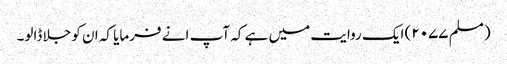
(مسلم ۲۰۷۷) ایک روایت میں ہے کہ آپ انے فرمایا کہ ان کو جلا ڈالو۔